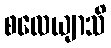
စလေယျာသိ